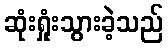
ဆုံးရှုံးသွားခဲ့သည်